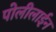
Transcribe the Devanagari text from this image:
पोलीलाईन